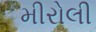
મીરોલી